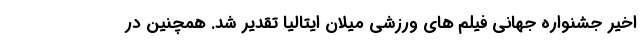
اخیر جشنواره جهانی فیلم های ورزشی میلان ایتالیا تقدیر شد. همچنین در